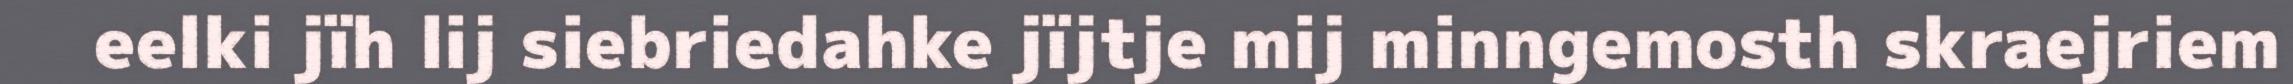
eelki jïh lij siebriedahke jïjtje mij minngemosth skraejriem